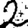
Digit: 2